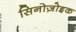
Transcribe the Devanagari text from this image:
सिनोज़ोइक